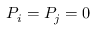
P _ { i } = P _ { j } = 0